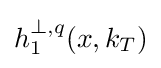
h_{1}^{\bot ,q}(x,k_{T})